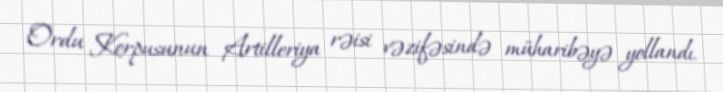
Ordu Korpusunun Artilleriya rəisi vəzifəsində müharibəyə yollandı.